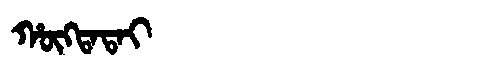
Manchu: ᡥᡡᡴᡨᠠᡨᠠᡳ
Romanization: HŪKTATAI